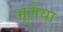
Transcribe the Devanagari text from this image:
भूलैया